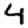
Digit: 4